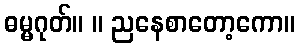
ဓမ္မဂုတ်။ ။ ညနေစာတော့ကော။